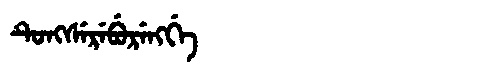
Manchu: ᡨᡠᠩᠰᡝᡵᡝᠪᡠᡵᡝᠩᡤᡝ
Romanization: TUNGSEREBURENGGE